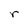
Character: r